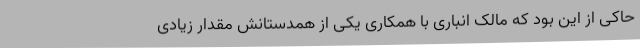
حاکی از این بود که مالک انباری با همکاری یکی از همدستانش مقدار زیادی